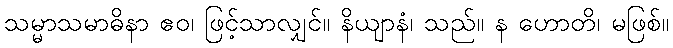
သမ္မာသမာဓိနာ ဧဝ၊ ဖြင့်သာလျှင်။ နိယျာနံ၊ သည်။ န ဟောတိ၊ မဖြစ်။